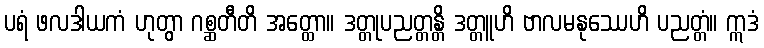
ပရံ ဖလဒါယကံ ဟုတွာ ဂစ္ဆတီတိ အတ္ထော။ ဒတ္တုပညတ္တန္တိ ဒတ္တူဟိ ဗာလမနုဿေဟိ ပညတ္တံ။ ဣဒံ